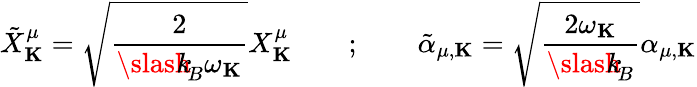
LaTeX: {\tilde{X}}_{\mathbf K}^{\mu}=\sqrt{\frac{2}{{\slash\! \! \! k}_{\! {B}}\omega_{\mathbf K}}}X_{\mathbf K}^{\mu}\qquad;\qquad{\tilde{\alpha}}_{\mu,{\mathbf K}}=\sqrt{\frac{2\omega_{\mathbf K}}{{\slash\! \! \! k}_{\! {B}}}}\alpha_{\mu,{\mathbf K}}